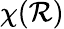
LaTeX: \chi(\mathcal{R})